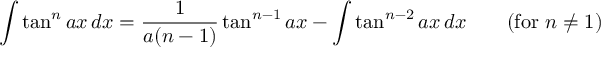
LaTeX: \int \tan ^ { n } a x \, d x = { \frac { 1 } { a ( n - 1 ) } } \tan ^ { n - 1 } a x - \int \tan ^ { n - 2 } a x \, d x \qquad { \mathrm { ( f o r ~ } } n \neq 1 { \mathrm { ) } }